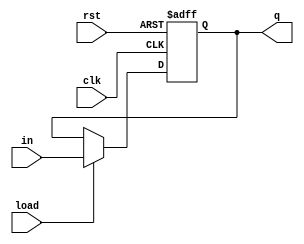
module pipo(q,in,load,clk,rst);
output [3:0]q;
input load,clk,rst;
input [3:0]in;
reg [3:0]q;
always @ (posedge clk or posedge rst)
begin
if(rst)
q<=4'b0;
else if(load)
q<=in;
else
q<=q;
end
endmodule

module pipo_test;
wire [3:0]q;
reg load,clk,rst;
reg [3:0]in;
pipo p1(q,in,load,clk,rst);
always
#5 clk=~clk;
initial
begin
load=1;clk=0;rst=1;
in=4'b1001;
#10 rst=0;
#10 load=0;
#40 load=1;in=4'b0011;
#10 load=0;
#50 $stop;
end
endmodule